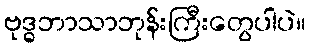
ဗုဒ္ဓဘာသာဘုန်းကြီးတွေပါပဲ။